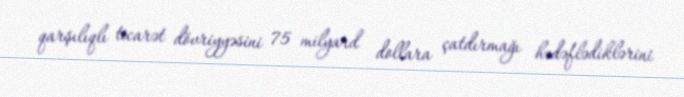
qarşılıqlı ticarət dövriyyəsini 75 milyard dollara çatdırmağı hədəflədiklərini